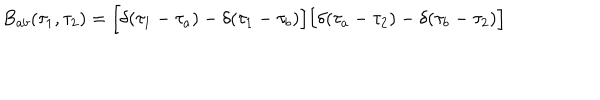
B _ { a b } ( \tau _ { 1 } , \tau _ { 2 } ) = \Bigl [ \delta ( \tau _ { 1 } - \tau _ { a } ) - \delta ( \tau _ { 1 } - \tau _ { b } ) \Bigr ] \Bigl [ \delta ( \tau _ { a } - \tau _ { 2 } ) - \delta ( \tau _ { b } - \tau _ { 2 } ) \Bigr ] \quad